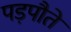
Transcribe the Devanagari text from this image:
पड़पौते